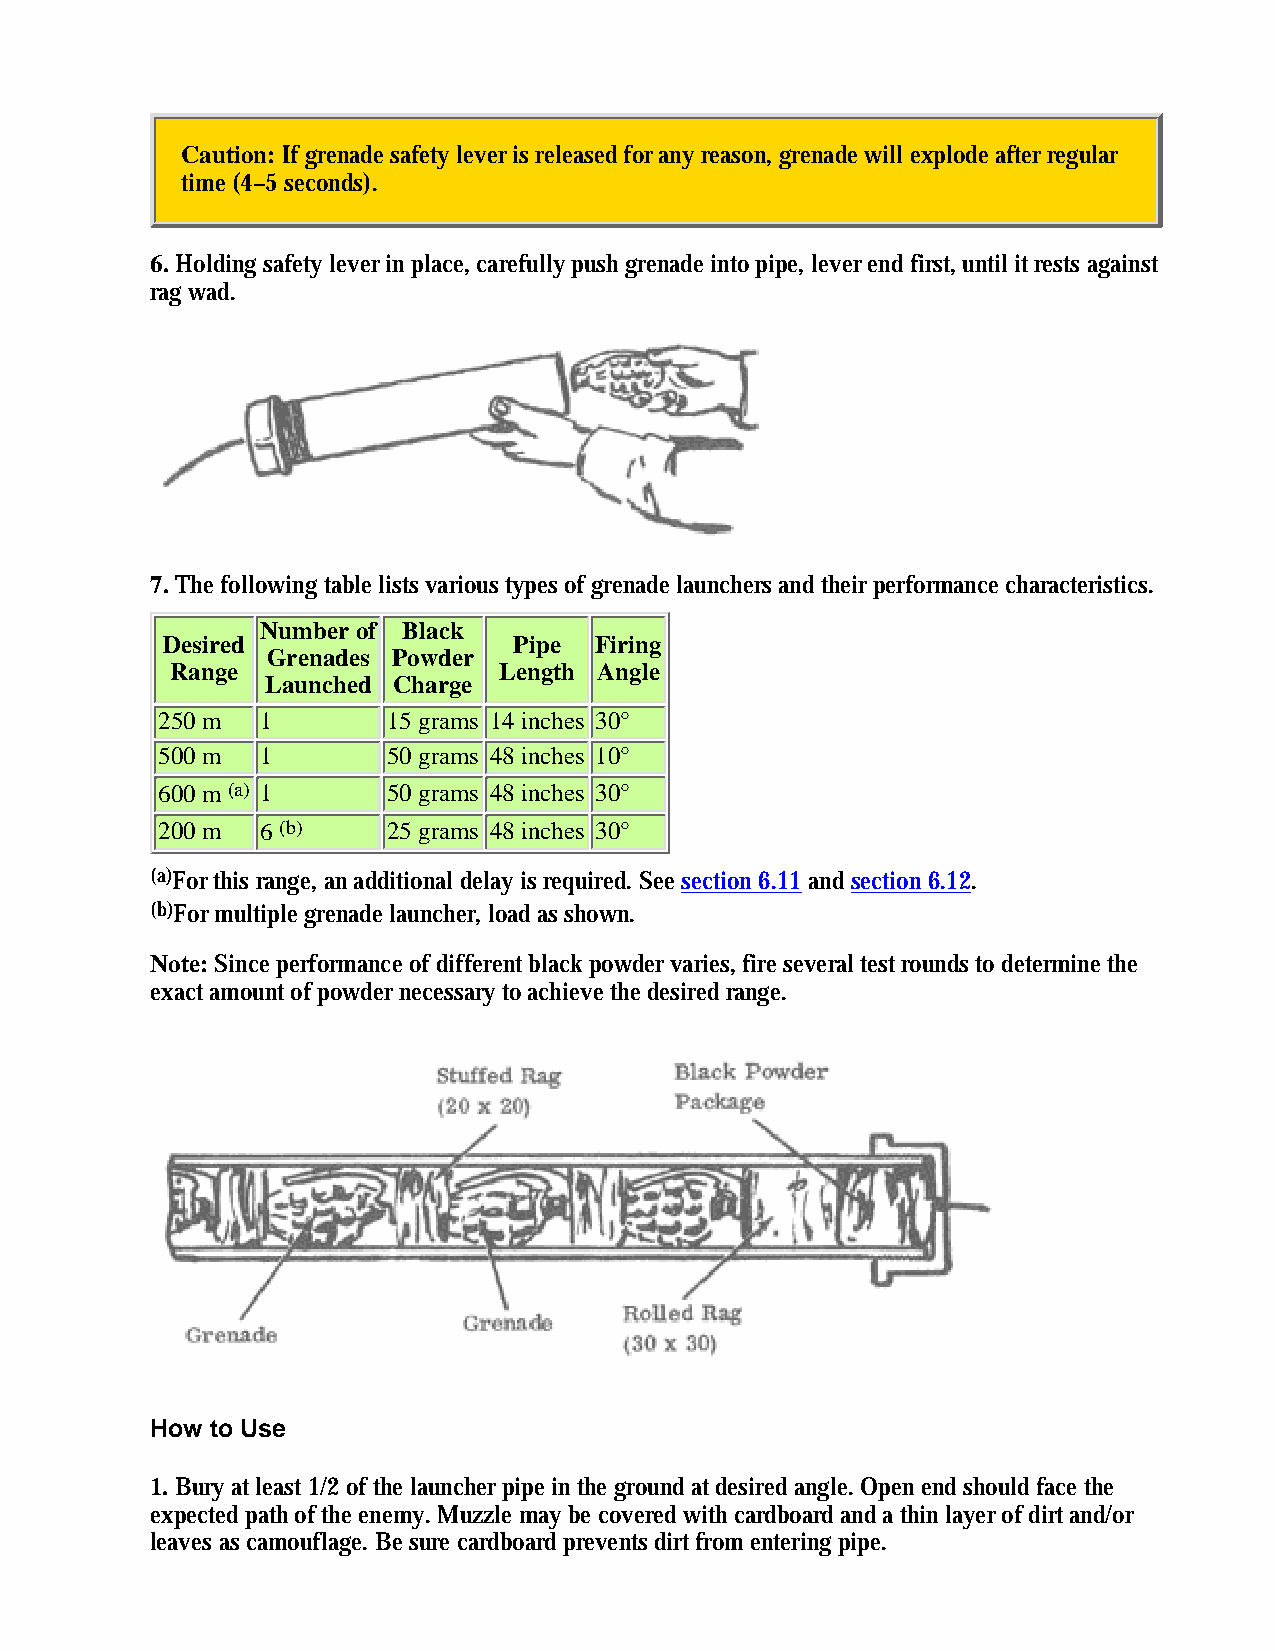
Caution: If grenade safety lever is released for any reason, grenade will explode after regular
 time (4–5 seconds).
 6. Holding safety lever in place, carefully push grenade into pipe, lever end first, until it rests against
 rag wad.
 7. The following table lists various types of grenade launchers and their performance characteristics.
 Number of Black
 Desired                Pipe Firing
 Grenades Powder
 Range                 Length Angle
 Launched Charge
 250 m  1        15 grams 14 inches 30°
 500 m  1        50 grams 48 inches 10°
 600 m (a) 1     50 grams 48 inches 30°
 200 m  6 (b)    25 grams 48 inches 30°
 (a)For this range, an additional delay is required. See section 6.11 and section 6.12.
 (b)For multiple grenade launcher, load as shown.
 Note: Since performance of different black powder varies, fire several test rounds to determine the
 exact amount of powder necessary to achieve the desired range.
 How to Use
 1. Bury at least 1/2 of the launcher pipe in the ground at desired angle. Open end should face the
 expected path of the enemy. Muzzle may be covered with cardboard and a thin layer of dirt and/or
 leaves as camouflage. Be sure cardboard prevents dirt from entering pipe.